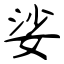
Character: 娑